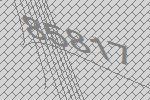
85817